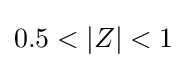
0.5<\left\vert Z\right\vert <1